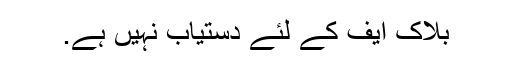
بلاک ایف کے لئے دستیاب نہیں ہے.